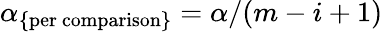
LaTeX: \alpha_{\mathrm{\{ per\ comparison\} }}={\alpha}/(m-i+1)